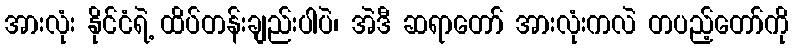
အားလုံး နိုင်ငံရဲ့ ထိပ်တန်းချည်းပါပဲ၊ အဲဒီ ဆရာတော် အားလုံးကလဲ တပည့်တော်ကို